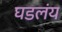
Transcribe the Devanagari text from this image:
घडलंय